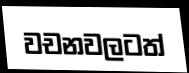
වචනවලටත්